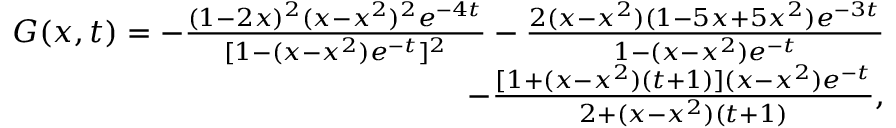
\begin{array} { r } { G ( x , t ) = - \frac { ( 1 - 2 x ) ^ { 2 } ( x - x ^ { 2 } ) ^ { 2 } e ^ { - 4 t } } { [ 1 - ( x - x ^ { 2 } ) e ^ { - t } ] ^ { 2 } } - \frac { 2 ( x - x ^ { 2 } ) ( 1 - 5 x + 5 x ^ { 2 } ) e ^ { - 3 t } } { 1 - ( x - x ^ { 2 } ) e ^ { - t } } } \\ { - \frac { [ 1 + ( x - x ^ { 2 } ) ( t + 1 ) ] ( x - x ^ { 2 } ) e ^ { - t } } { 2 + ( x - x ^ { 2 } ) ( t + 1 ) } , } \end{array}